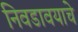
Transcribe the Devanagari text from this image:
निवडावयाचे